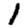
Digit: 1